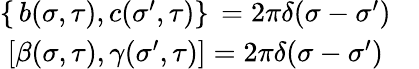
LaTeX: \begin{array}{cc}{{\left\{ \, b(\sigma,\tau),c({\sigma}^{\prime},\tau)\right\} \, =2\pi\delta(\sigma-{\sigma}^{\prime})}}&{{}}\\ {{\left[\beta(\sigma,\tau),\gamma({\sigma}^{\prime},\tau)\right]=2\pi\delta(\sigma-{\sigma}^{\prime})}}&{{}}\end{array}